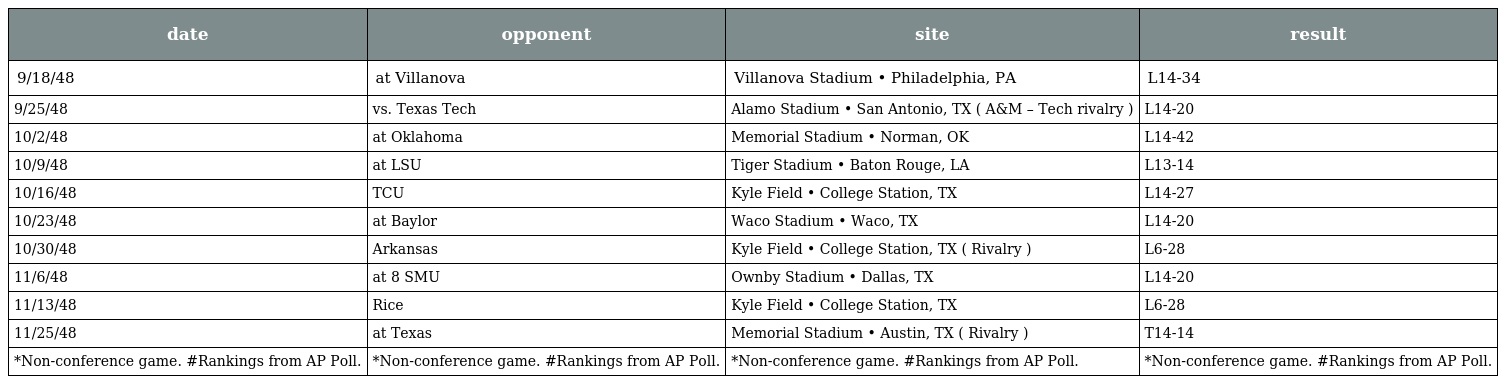
| date | opponent | site | result |
 | --- | --- | --- | --- |
 | 9/18/48 | at Villanova | Villanova Stadium • Philadelphia, PA | L14-34 |
 | 9/25/48 | vs. Texas Tech | Alamo Stadium • San Antonio, TX ( A&M – Tech rivalry ) | L14-20 |
 | 10/2/48 | at Oklahoma | Memorial Stadium • Norman, OK | L14-42 |
 | 10/9/48 | at LSU | Tiger Stadium • Baton Rouge, LA | L13-14 |
 | 10/16/48 | TCU | Kyle Field • College Station, TX | L14-27 |
 | 10/23/48 | at Baylor | Waco Stadium • Waco, TX | L14-20 |
 | 10/30/48 | Arkansas | Kyle Field • College Station, TX ( Rivalry ) | L6-28 |
 | 11/6/48 | at 8 SMU | Ownby Stadium • Dallas, TX | L14-20 |
 | 11/13/48 | Rice | Kyle Field • College Station, TX | L6-28 |
 | 11/25/48 | at Texas | Memorial Stadium • Austin, TX ( Rivalry ) | T14-14 |
 | *Non-conference game. #Rankings from AP Poll. | *Non-conference game. #Rankings from AP Poll. | *Non-conference game. #Rankings from AP Poll. | *Non-conference game. #Rankings from AP Poll. |